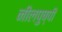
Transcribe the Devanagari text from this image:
नीलपुष्पी